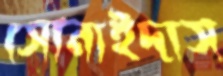
সোনাইদাস